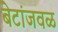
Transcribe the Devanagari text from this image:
बेटांजवळ